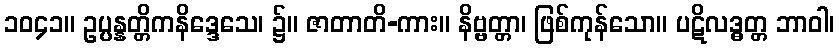
၁၀၄၁။ ဥပ္ပန္နတ္တိကနိဒ္ဒေသေ၊ ၌။ ဇာတာတိ-ကား။ နိဗ္ဗတ္တာ၊ ဖြစ်ကုန်သော။ ပဋိလဒ္ဓတ္တ ဘာဝါ၊